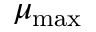
\mu _ { \mathrm { m a x } }